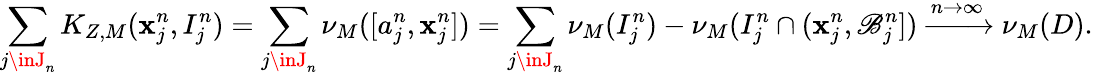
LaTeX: \sum_{j\inJ_{n}}K_{Z,M}(\mathbf{x}_{j}^{n},I_{j}^{n})=\sum_{j\inJ_{n}}\nu_{M}([a_{j}^{n},\mathbf{x}_{j}^{n}])=\sum_{j\inJ_{n}}\nu_{M}(I_{j}^{n})-\nu_{M}(I_{j}^{n}\cap(\mathbf{x}_{j}^{n},\mathscr{B}_{j}^{n}])\xrightarrow{{n\to\infty}}{\nu}_{M}(D).